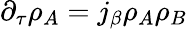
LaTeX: \partial_{\tau}\rho_{A}=j_{\beta}\rho_{A}\rho_{B}